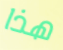
هذا